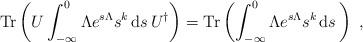
LaTeX: \begin{align*}\mathrm{Tr}\left(U\int_{-\infty}^{0}\Lambda e^{s\Lambda}s^{k}\,\mathrm{d}s\,U^{\dagger}\right) = \mathrm{Tr}\left(\int_{-\infty}^{0}\Lambda e^{s\Lambda }s^{k}\,\mathrm{d}s\,\right)\ ,\end{align*}